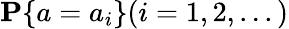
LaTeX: {\mathbf{P}}\{ a={a_{i}}\} (i=1,2,...)